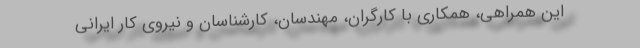
این همراهی، همکاری با کارگران، مهندسان، کارشناسان و نیروی کار ایرانی